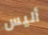
أليس